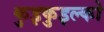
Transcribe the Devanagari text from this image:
कुइकुइल्को